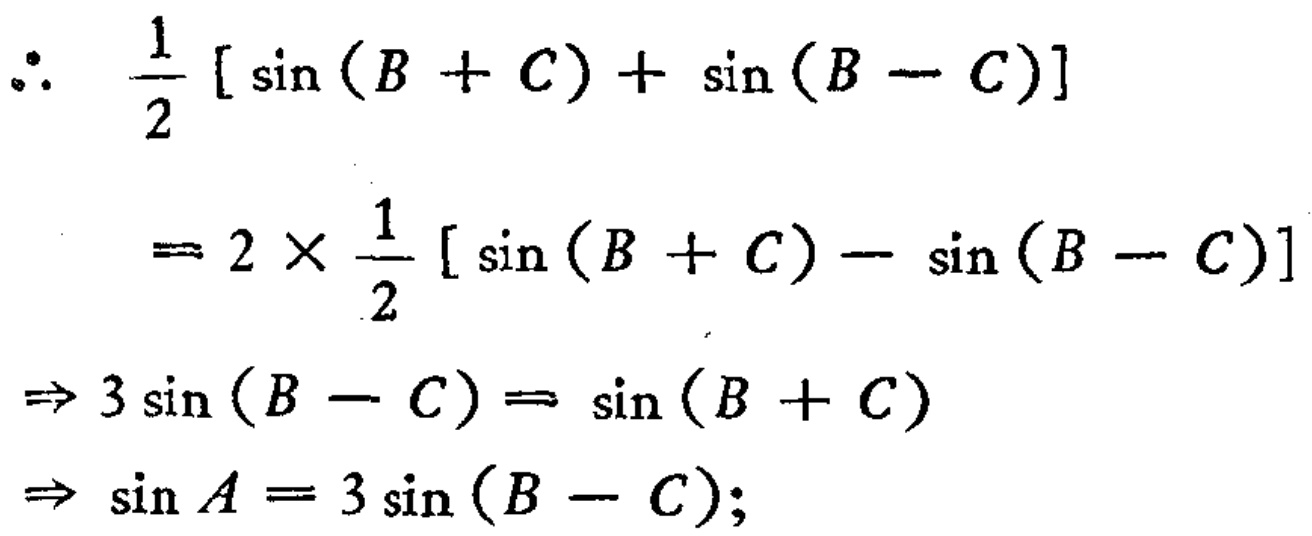
\[
\begin{align*}
\therefore\quad&\frac{1}{2}[\sin(B + C)+\sin(B - C)]\\
&= 2\times\frac{1}{2}[\sin(B + C)-\sin(B - C)]\\
\Rightarrow\quad&3\sin(B - C)=\sin(B + C)\\
\Rightarrow\quad&\sin A = 3\sin(B - C);
\end{align*}
\]